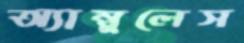
অ্যাম্বুলেস